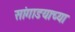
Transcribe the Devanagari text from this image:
सांगाडयाच्या